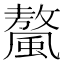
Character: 𩘮